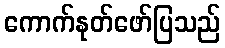
ကောက်နုတ်ဖော်ပြသည်